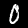
Label: 0